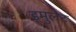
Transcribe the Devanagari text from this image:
इमुलेट